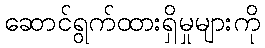
ဆောင်ရွက်ထားရှိမှုများကို